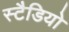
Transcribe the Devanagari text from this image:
स्टैडियो